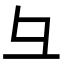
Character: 彑